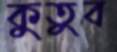
কুতুব